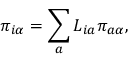
\pi _ { i \alpha } = \sum _ { a } L _ { i a } \pi _ { a \alpha } ,